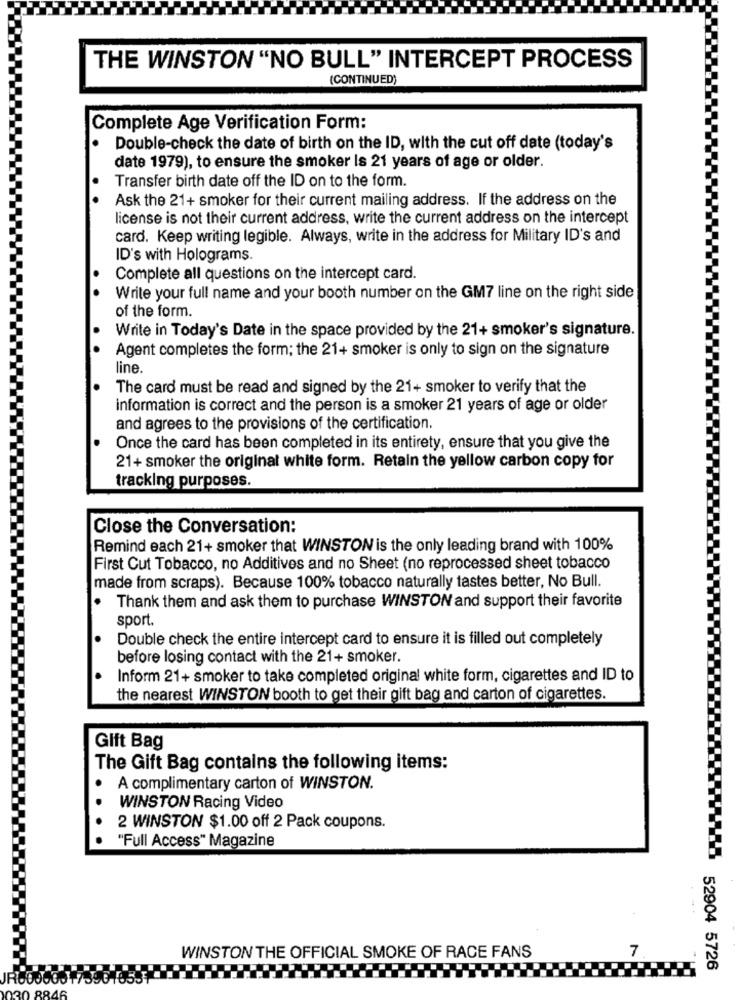
THE WINSTON "NO BULL" INTERCEPT PROCESS
(CONTINUED)
Complete Age Verification Form:
.
Double-check the date of birth on the ID, with the cut off date (today's
date 1979), to ensure the smoker Is 21 years of age or older.
Transfer birth date off the ID on to the form.
Ask the 21+ smoker for their current mailing address. If the address on the
license is not their current address, write the current address on the intercept
card. Keep writing legible. Always, write in the address for Military ID's and
ID's with Holograms.
Complete all questions on the intercept card.
Write your full name and your booth number on the GM7 line on the right side
of the form.
Write in Today's Date in the space provided by the 21+ smoker's signature.
Agent completes the form; the 21+ smoker is only to sign on the signature
line.
The card must be read and signed by the 21+ smoker to verify that the
information is correct and the person is a smoker 21 years of age or older
and agrees to the provisions of the certification.
Once the card has been completed in its entirety, ensure that you give the
21+ smoker the original white form. Retain the yellow carbon copy for
tracking purposes.
Close the Conversation:
Remind each 21+ smoker that WINSTON is the only leading brand with 100%
First Cut Tobacco, no Additives and no Sheet (no reprocessed sheet tobacco
made from scraps). Because 100% tobacco naturally tastes better, No Bull.
Thank them and ask them to purchase WINSTON and support their favorite
sport.
Double check the entire intercept card to ensure it is filled out completely
before losing contact with the 21+ smoker.
Inform 21+ smoker to take completed original white form, cigarettes and ID to
the nearest WINSTON booth to get their gift bag and carton of cigarettes.
Gift Bag
The Gift Bag contains the following items:
A complimentary carton of WINSTON.
WINSTON Racing Video
2 WINSTON $1.00 off 2 Pack coupons.
"Full Access" Magazine
7
WINSTON THE OFFICIAL SMOKE OF RACE FANS
52904 5726